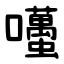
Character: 囆